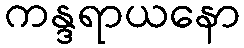
ကန္ဒရာယနော